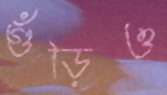
গুঁড়িও